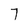
Character: 7